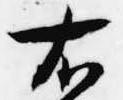
右